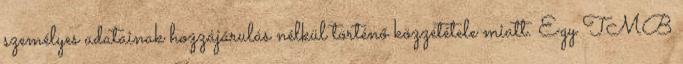
személyes adatainak hozzájárulás nélkül történő közzététele miatt. Egy TMB